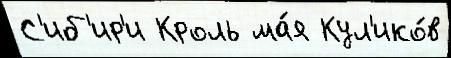
С'иб'ир'и Кроль ма́я Кул'ико́в